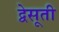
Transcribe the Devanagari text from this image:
द्वेसूती